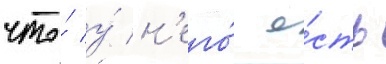
что́ у́ н'его́ е́сть